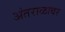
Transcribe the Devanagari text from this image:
अंतराळावर